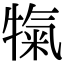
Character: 犔